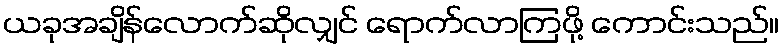
ယခုအချိန်လောက်ဆိုလျှင် ရောက်လာကြဖို့ ကောင်းသည်။